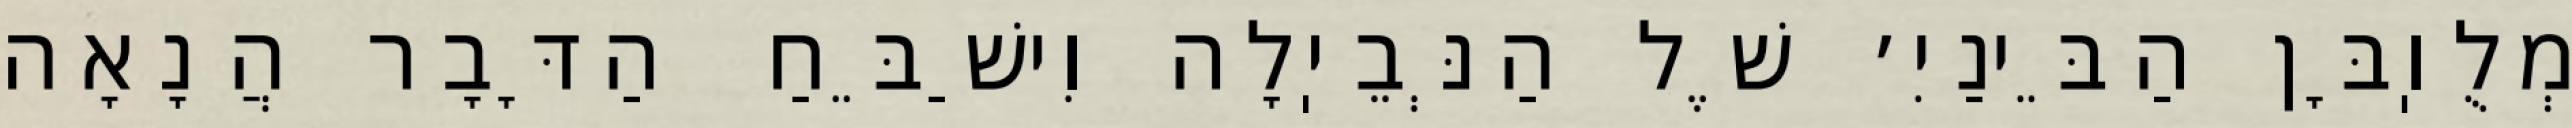
מְלֻוֽבָּן הַבֵּינַיִ׳ שֶׁל הַנְּבֵיֽלָה וִישַׁבֵּחַ הַדָּבָר הֲנָאָה